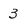
Character: 3